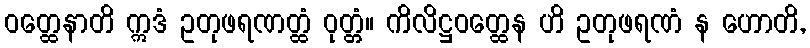
ဝတ္ထေနာတိ ဣဒံ ဥတုဖရဏတ္ထံ ဝုတ္တံ။ ကိလိဋ္ဌဝတ္ထေန ဟိ ဥတုဖရဏံ န ဟောတိ,